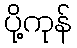
ပို့ကုန်